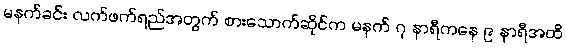
မနက်ခင်း လက်ဖက်ရည်အတွက် စားသောက်ဆိုင်က မနက် ၇ နာရီကနေ ၉ နာရီအထိ